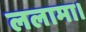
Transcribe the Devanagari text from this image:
ललामा।